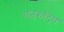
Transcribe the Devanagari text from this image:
शतरुद्रिय